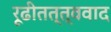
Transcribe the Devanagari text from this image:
रूढीतत्त्ववाद